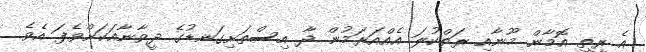
އެ ރީތި އޮމާން މޫނާއި ރަތްކުލަ އެއްއަރަމުން ދާ އިސްތަށިގަނޑުގެ ދީވާނާއަކަށްވެފަ އެވެ.